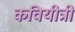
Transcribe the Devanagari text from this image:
कवियीत्री